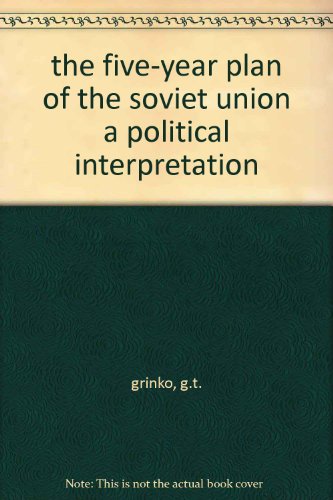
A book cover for The 5 Year Plan of the Soviet Union; G. T. Grinko; Sports & Outdoors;